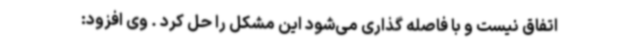
اتفاق نیست و با فاصله گذاری می‌شود این مشکل را حل کرد . وی افزود: